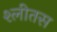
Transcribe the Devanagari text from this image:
श्लीतस